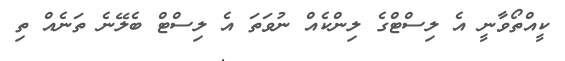
ކީއްތޯވާނީ އެ ލިސްޓްގެ ލިންކެއް ނުވަތަ އެ ލިސްޓް ބެލޭނެ ތަނެއް ތި